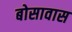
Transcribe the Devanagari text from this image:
बोसावास